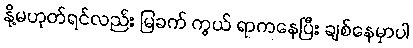
နို့မဟုတ်ရင်လည်း မြခက် ကွယ် ရာကနေပြီး ချစ်နေမှာပါ